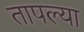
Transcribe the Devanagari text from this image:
तापल्या